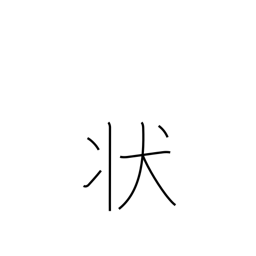
Meaning: status quo